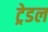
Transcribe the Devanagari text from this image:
ट्रेडल